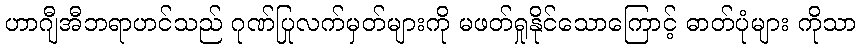
ဟာဂျီအီဘရာဟင်သည် ဂုဏ်ပြုလက်မှတ်များကို မဖတ်ရှုနိုင်သောကြောင့် ဓာတ်ပုံများ ကိုသာ